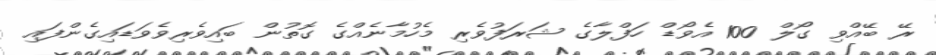
ރޭ ބޭއްވި ގޯލް 100 އެވޯޑް ހަފްލާގެ ޝަރަފުވެރި މެހުމާނެއްގެ ގޮތުން ބައިވެރިވެވަޑައިގެންފައި